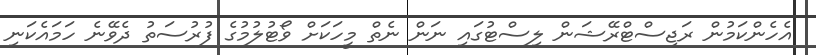
އެހެންކަމުން ރަޖިސްޓްރޭޝަން ލިސްޓުގައި ނަން ނެތް މީހަކަށް ވޯޓުލުމުގެ ފުރުސަތު ދެވޭނެ ހަމައެކަނި